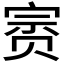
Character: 𰷥